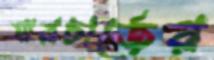
সারচার্জের